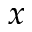
x